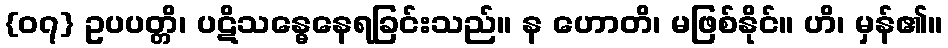
{၀၇} ဥပပတ္တိ၊ ပဋိသန္ဓေနေရခြင်းသည်။ န ဟောတိ၊ မဖြစ်နိုင်။ ဟိ၊ မှန်၏။